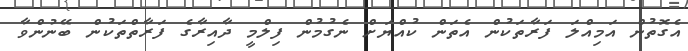
އެގޮތުން އަމިއްލަ ފަރާތަކުން އެތަން ކުއްޔަށް ނެގުމުން ފިލްމީ ދާއިރާގެ ފަރާތްތަކުން ބޭނުންވާ